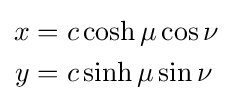
{\begin{aligned}x&=c\cosh \mu \cos \nu \\y&=c\sinh \mu \sin \nu \end{aligned}}